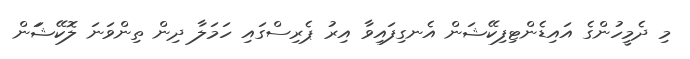
މި ދެމީހުންގެ އައިޑެންޓިފިކޭޝަން އެނގިފައިވާ އިރު ޕެރިސްގައި ހަމަލާ ދިން ތިންވަނަ ލޮކޭޝަަން